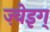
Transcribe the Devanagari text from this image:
ज़्वेइग्